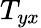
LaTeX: T_{yx}